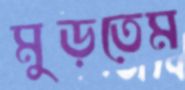
মুড়তেম